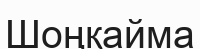
Шоңқайма